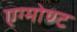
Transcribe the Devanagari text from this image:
एग्मोण्ट